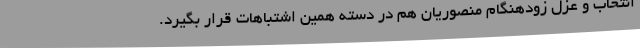
انتخاب و عزل زودهنگام منصوریان هم در دسته همین اشتباهات قرار بگیرد.